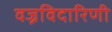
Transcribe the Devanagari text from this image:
वज्रविदारिणी